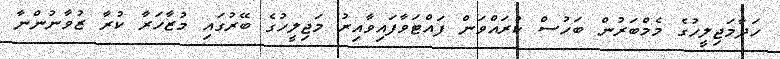
ހަދާމަޖިލީހުގެ މެމްބަރުން ބަހުސް ކުރައްވަން ފައްޓަވާފައިވާއިރު މަޖިލީހުގެ ބޭރުގައި މުޒާހަރާ ކުރާ ޒުވާނުންނާ